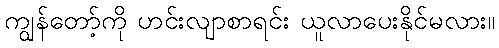
ကျွန်တော့်ကို ဟင်းလျာစာရင်း ယူလာပေးနိုင်မလား။